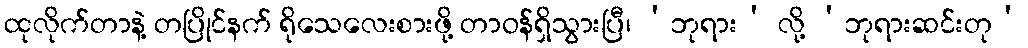
ထုလိုက်တာနဲ့ တပြိုင်နက် ရိုသေလေးစားဖို့ တာဝန်ရှိသွားပြီ၊ ‘ဘုရား’ လို့ ‘ဘုရားဆင်းတု’